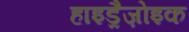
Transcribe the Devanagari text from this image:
हाइड्रैज़ोइक